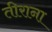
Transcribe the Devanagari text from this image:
तीराना